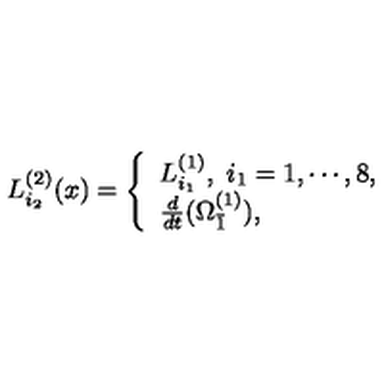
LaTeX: L _ { i _ { 2 } } ^ { ( 2 ) } ( x ) = \left\{ \begin{array} { l l } { L _ { i _ { 1 } } ^ { ( 1 ) } , \ i _ { 1 } = 1 , \cdots , 8 , } \\ { \frac { d } { d t } ( \Omega _ { \bar { 1 } } ^ { ( 1 ) } ) , } \\ \end{array} \right.